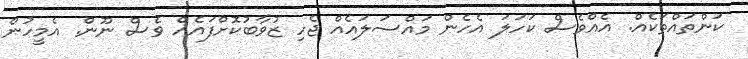
ކަންތައްތަކެއް. އެއްވެސް ކަހަލަ އެހެން މައްސަލައެއް ޖެހި ޒުވާބުކޮށްފައެއް ވެސް ނޫން. އެމީހުން